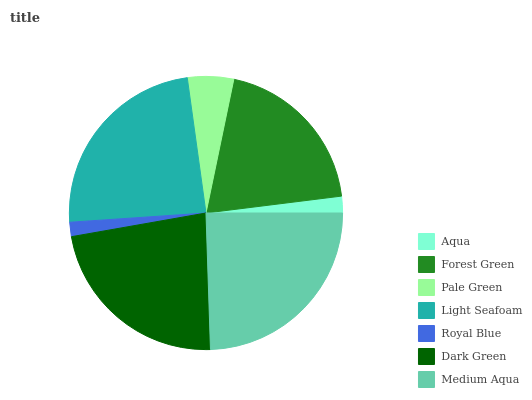
| Aqua | Forest Green | Pale Green | Light Seafoam | Royal Blue | Dark Green | Medium Aqua |
 | --- | --- | --- | --- | --- | --- | --- |
 | 1.97% | 19.7% | 5.44% | 23.9% | 1.69% | 22.8% | 24.5% |